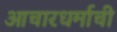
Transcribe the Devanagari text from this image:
आचारधर्माची